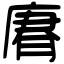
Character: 𢉼